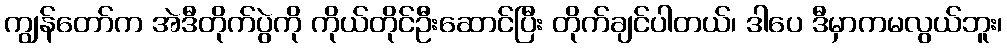
ကျွန်တော်က အဲဒီတိုက်ပွဲကို ကိုယ်တိုင်ဦးဆောင်ပြီး တိုက်ချင်ပါတယ်၊ ဒါပေ ဒီမှာကမလွယ်ဘူး၊